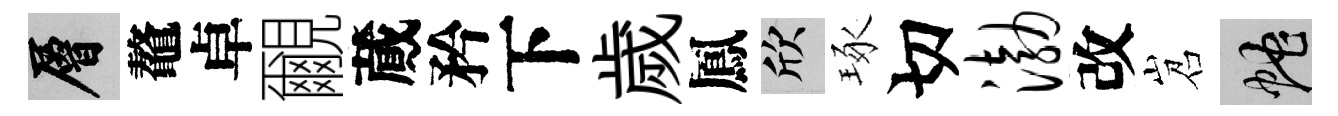
層鼇卓覼蕆矜下歲鳳欣琢切渤改岧蛇